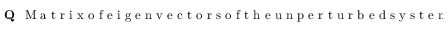
{ \bf Q } ~ ~ \mathrm { ~ M ~ a ~ t ~ r ~ i ~ x ~ o ~ f ~ e ~ i ~ g ~ e ~ n ~ v ~ e ~ c ~ t ~ o ~ r ~ s ~ o ~ f ~ t ~ h ~ e ~ u ~ n ~ p ~ e ~ r ~ t ~ u ~ r ~ b ~ e ~ d ~ s ~ y ~ s ~ t ~ e ~ m ~ , ~ i ~ . ~ e ~ . ~ \ w ~ h ~ e ~ r ~ e ~ } { \bf Q } ^ { T } { \bf F } _ { 0 } ^ { \perp } { \bf Q } = { \bf E }